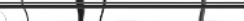
١١٩